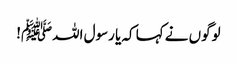
لوگوں نے کہا کہ یا رسول اللہﷺ!